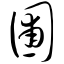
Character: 圃